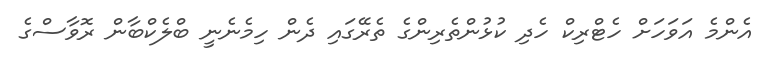
އެންމެ އަވަހަށް ހެޓްރިކް ހެދި ކުޅުންތެރިންގެ ތެރޭގައި ދެން ހިމެނެނީ ބްލެކްބާން ރޮވާސްގެ